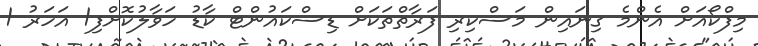
މިފްކޯއަށް އެންމެ ގިނައިން މަސްކިރި ފަރާތްތަކަށް ޑިސްކައުންޓް ކާޑު ހަވާލުކޮށްފި1 އަހަރު 1